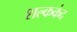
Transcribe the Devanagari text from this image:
शल्ककंद